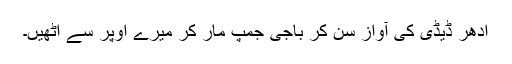
ادھر ڈیڈی کی آواز سن کر باجی جمپ مار کر میرے اوپر سے اُٹھیں۔